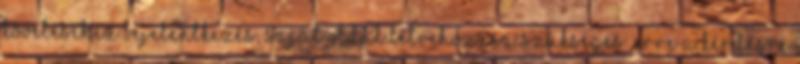
követéséhez bejelentkezés, saját oldal létrehozása szükséges. Erre a kérdésre